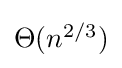
{\textstyle \Theta (n^{2/3})}